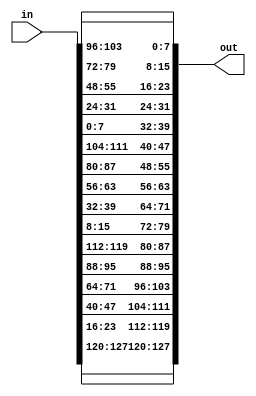
module inv_shift_rows(
input [127:0] in,
output [127:0] out
);
//first column
assign out[127:120]=in[127:120];
assign out[119:112]=in[23:16];
assign out[111:104]=in[47:40];
assign out[103:96]=in[71:64];

//second column
assign out[95:88]=in[95:88];
assign out[87:80]=in[119:112];
assign out[79:72]=in[15:8];
assign out[71:64]=in[39:32];

//third column
assign out[63:56]=in[63:56];
assign out[55:48]=in[87:80];
assign out[47:40]=in[111:104];
assign out[39:32]=in[7:0];

//fourth column
assign out[31:24]=in[31:24];
assign out[23:16]=in[55:48];
assign out[15:8]=in[79:72];
assign out[7:0]=in[103:96];

endmodule